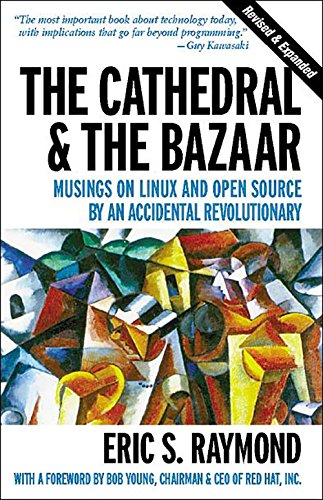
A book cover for The Cathedral & the Bazaar: Musings on Linux and Open Source by an Accidental Revolutionary; Eric S. Raymond; Computers & Technology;